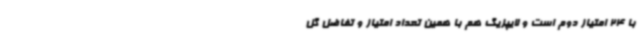
با 24 امتیاز دوم است و لایپزیگ هم با همین تعداد امتیاز و تفاضل گل